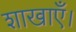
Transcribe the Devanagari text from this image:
शाखाएँ।